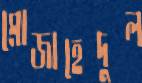
মোজাহেদুল